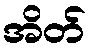
အိတ်